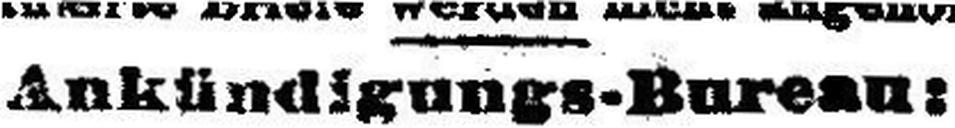
Ankündigungs-Bureau: